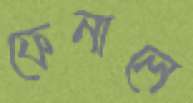
ফেনালে